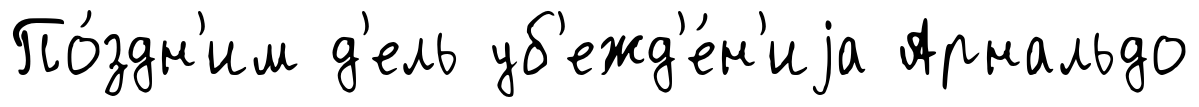
По́здн'им д'ель уб'ежд'е́н'иjа Арнальдо